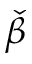
\check { \beta }